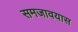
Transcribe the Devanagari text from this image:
समजावयास